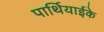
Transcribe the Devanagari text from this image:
पार्थियाईके